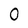
Character: 0